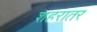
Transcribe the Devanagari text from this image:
शहरातर